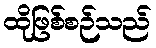
ထိုဖြစ်စဉ်သည်